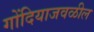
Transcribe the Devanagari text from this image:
गोंदियाजवळील